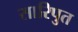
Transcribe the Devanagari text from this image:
सारिपुत